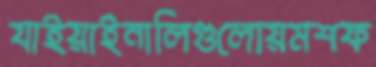
যাইয়াইনালিগুলোয়মশফ